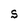
Character: S